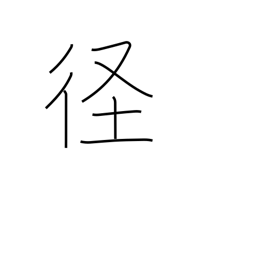
Meaning: diameter